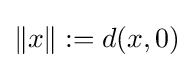
\lVert x\rVert :=d(x,0)